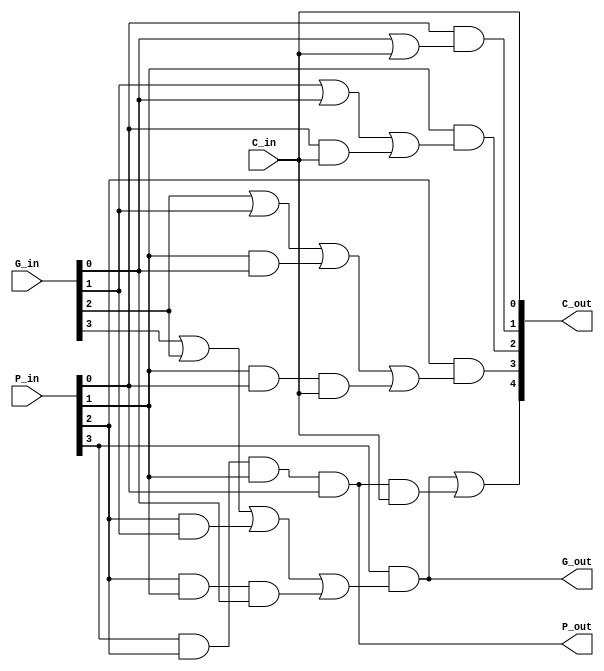
// ------------------------------------------
// Ling Carry Lookahead Generator
// ------------------------------------------

module LCLG_4
(
    input  [3:0] G_in,
    input  [3:0] P_in,
    input  C_in,
    output G_out,
    output P_out,
    output [4:0] C_out
);

    assign C_out[0] = C_in;
    assign C_out[1] = P_in[0] & (G_in[0] | C_out[0]);
    assign C_out[2] = P_in[1] & (G_in[1] | G_in[0] | (P_in[0] & C_out[0]));
    assign C_out[3] = P_in[2] & (G_in[2] | G_in[1] | (P_in[1] & G_in[0]) | (P_in[1] & P_in[0] & C_out[0]));

    assign G_out = P_in[3] & (G_in[3] | G_in[2] | (P_in[2] & G_in[1]) | (P_in[2] & P_in[1] & G_in[0]));
    assign P_out = P_in[3] & P_in[2] & P_in[1] & P_in[0];

    assign C_out[4] = G_out | (P_out & C_out[0]);

endmodule